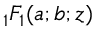
{ _ 1 F _ { 1 } } ( a ; b ; z )